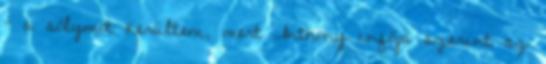
- a sólymot kerültem, mert Anthony infója szerint az